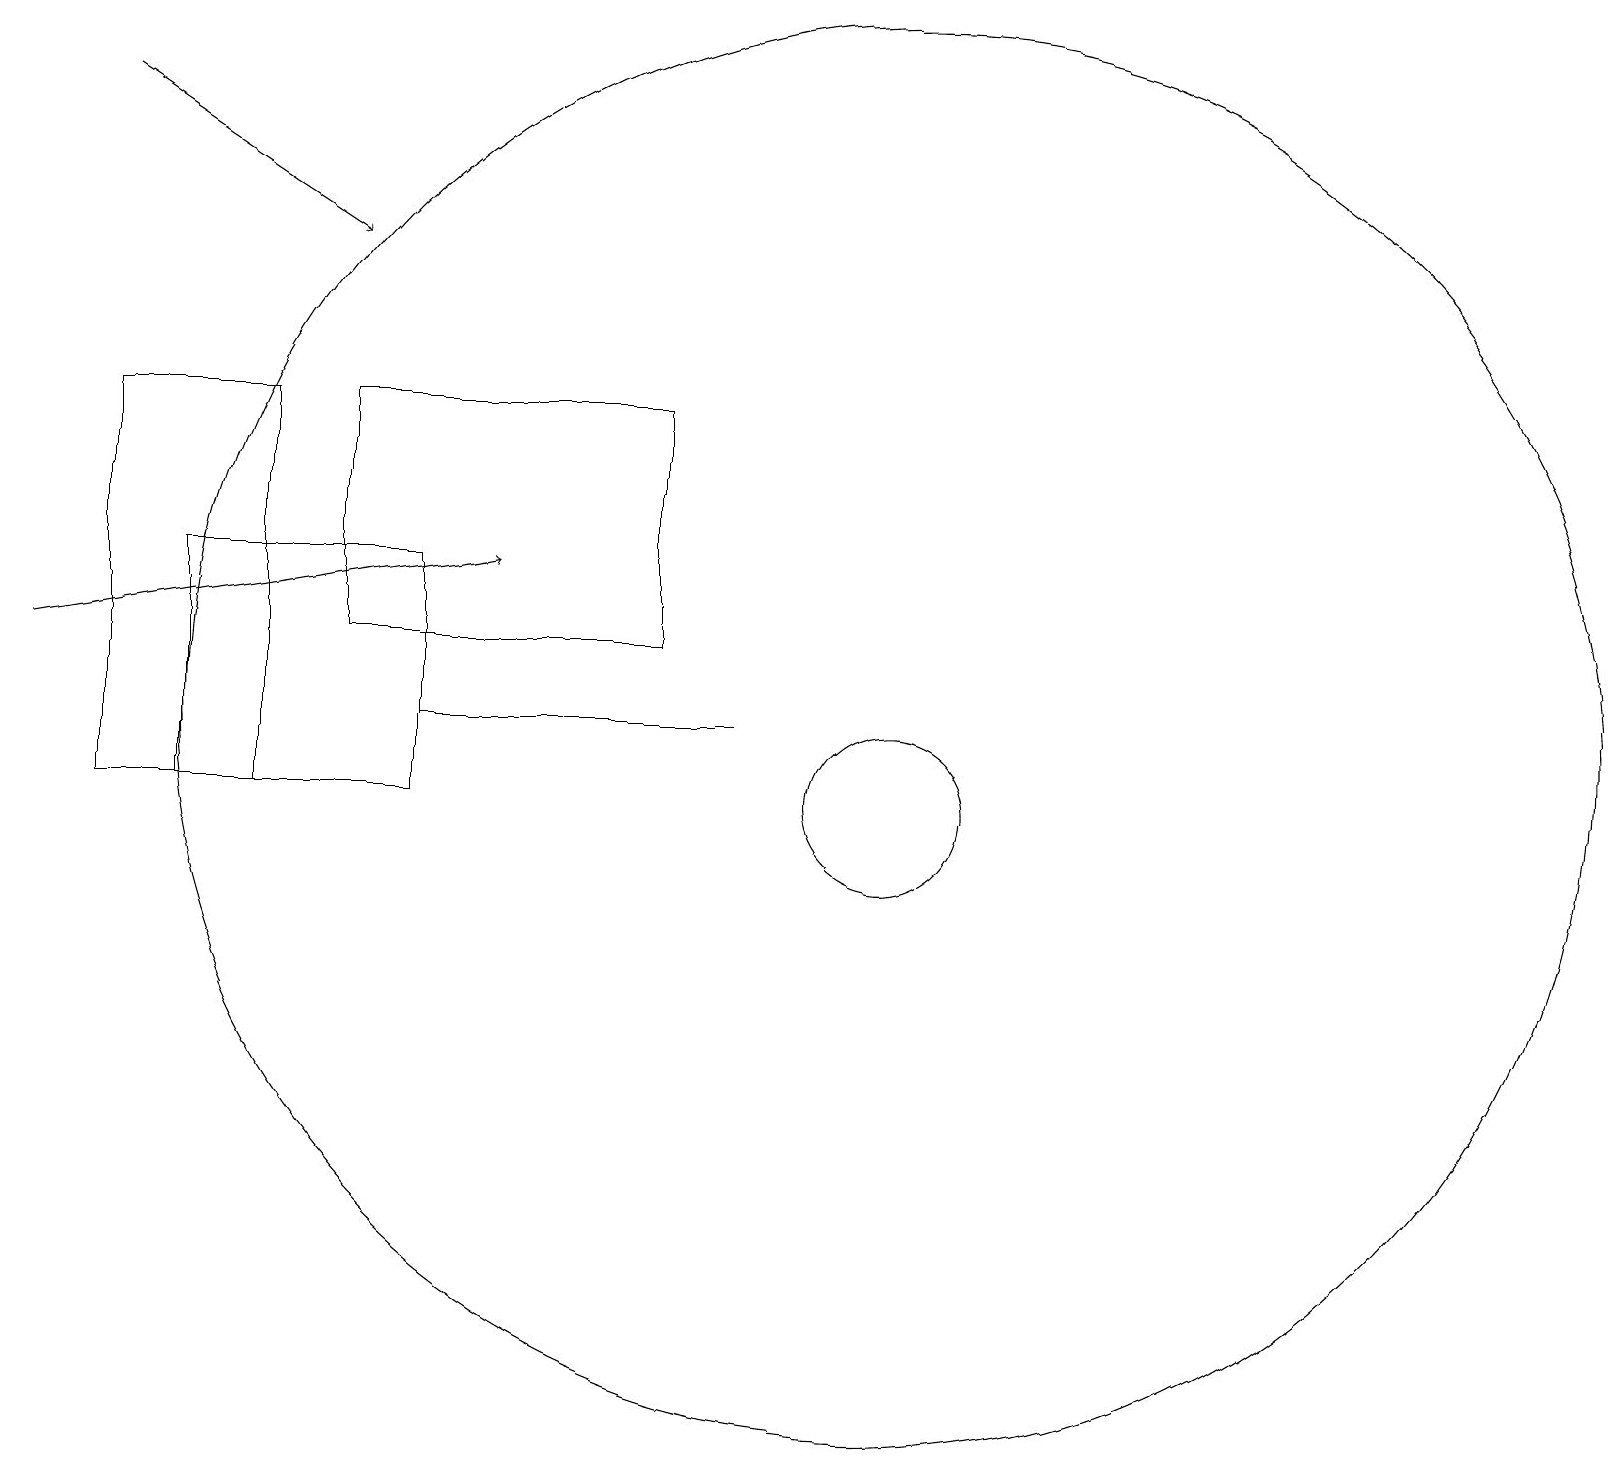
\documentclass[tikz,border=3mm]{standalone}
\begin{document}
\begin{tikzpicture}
\draw[->] (1,19) -- (4,17);
\draw (11,10) circle (1);
\draw (2,10) rectangle (5,13);
\draw[->] (0,12) -- (6,13);
\draw (1,15) rectangle (3,10);
\draw (11,11) circle (9);
\draw (4,15) rectangle (8,12);
\draw (5,11) rectangle (9,11);
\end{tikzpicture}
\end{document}